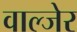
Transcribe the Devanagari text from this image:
वाल्जेर